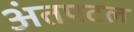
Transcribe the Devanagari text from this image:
अंतपटल